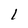
Character: 1